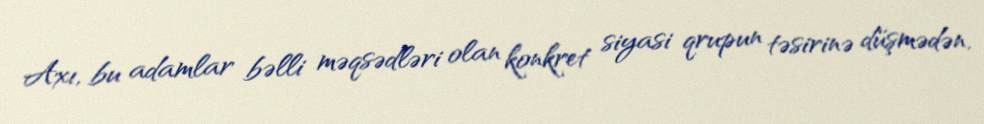
Axı, bu adamlar bəlli məqsədləri olan konkret siyasi qrupun təsirinə düşmədən,